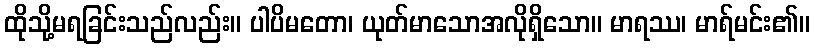
ထိုသို့မရခြင်းသည်လည်း။ ပါပိမတော၊ ယုတ်မာသောအလိုရှိသော။ မာရဿ၊ မာရ်မင်း၏။